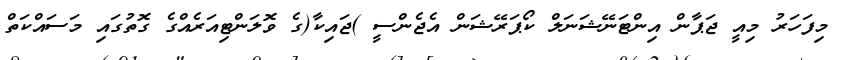
މިފަހަރު މިއީ ޖަޕާން އިންޓަނޭޝަނަލް ކޯޕަރޭޝަން އެޖެންސީ )ޖައިކާ(ގެ ވޮލަންޓިއަރެއްގެ ގޮތުގައި މަސައްކަތް